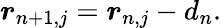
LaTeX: \boldsymbol{r}_{n+1,j}=\boldsymbol{r}_{n,j}-d_{n}.